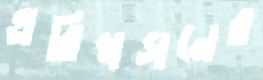
এরিখসনের